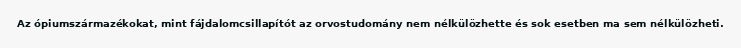
Az ópiumszármazékokat, mint fájdalomcsillapítót az orvostudomány nem nélkülözhette és sok esetben ma sem nélkülözheti.